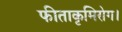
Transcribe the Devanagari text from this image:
फीताकृमिरोग।